Vaccination in Burma 1920-1933 - 1920-1933
Year: 1920
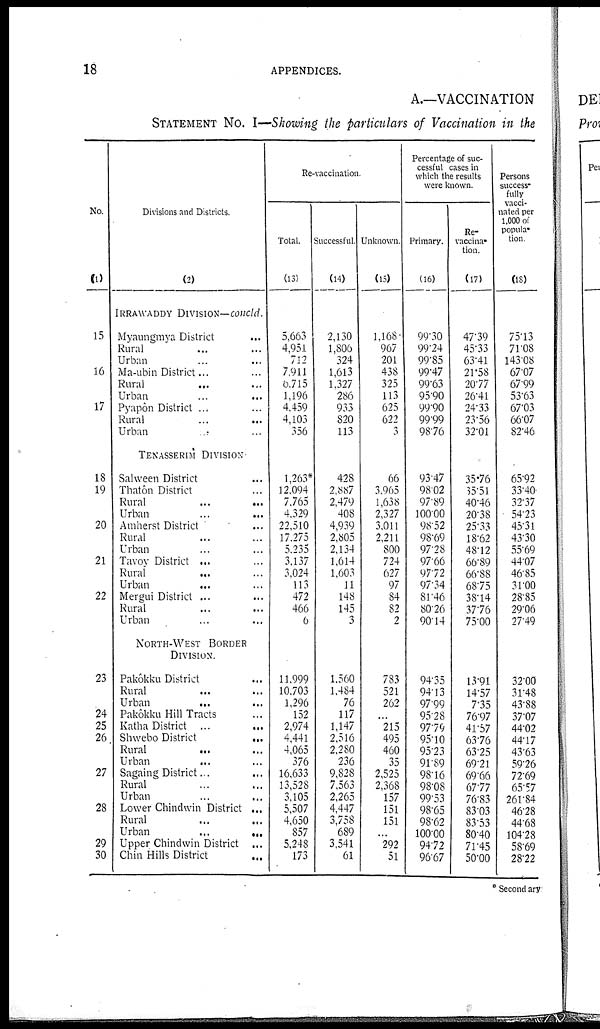
18
APPENDICES.
A.—VACCINATION
STATEMENT No. I—Showing the particulars of Vaccination in the
No.
(1)
15
16
17
18
19
20
21
22
23
24
25
26
27
28
29
30
Divisions and Districts.
(2)
IRRAWADDY DIVISION— concld.
Myaungmya District
...
Rural ... ...
Urban ... ...
Ma-ubin District... ...
Rural ... ...
Urban
...
...
Pyapôn District ... ...
Rural ... ...
Urban ... ...
TENASSERIM DIVISION
Salween District ...
Thatôn District ...
Rural
...
...
Urban
...
...
Amherst District ...
Rural ... ...
Urban ... ...
Tavoy District ... ...
Rural ... ...
Urban ... ...
Mergui District ... ...
Rural ... ...
Urban ... ...
NORTH-WEST BORDER
DIVISION.
Pakôkku District ...
Rural ... ...
Urban
... ...
Pakôkku Hill Tracts ...
Katha District ...
...
Shwebo District
...
Rural ... ...
Urban ... ...
Sagaing District ... ...
Rural ... ...
Urban ... ...
Lower Chindwin District ...
Rural ... ...
Urban
...
...
Upper Chindwin District ...
Chin Hills District ...
Re-vaccination.
Total.
(13)
5,663
4,951
712
7,911
6,715
1,196
4,459
4,103
356
1,263*
12,094
7,765
4,329
22,510
17,275
5,235
3,137
3,024
113
472
466
6
11,999
10,703
1,296
152
2,974
4,441
4,065
376
16,633
13,528
3,105
5,507
4,650
857
5,248
173
Successful.
(14)
2,130
1,806
324
1,613
1,327
286
933
820
113
428
2,887
2,479
408
4,939
2,805
2,134
1,614
1,603
11
148
145
3
1,560
1,484
76
117
1,147
2,516
2,280
236
9,828
7,563
2,265
4,447
3,758
689
3,541
61
Unknown.
(15)
1,168
967
201
438
325
113
625
622
3
66
3,965
1,638
2,327
3,011
2,211
800
724
627
97
84
82
2
783
521
262
...
215
495
460
35
2,525
2,368
157
151
151
...
292
51
Percentage of suc-
cessful cases in
which the results
were known.
Primary.
(16)
99.30
99.24
99.85
99.47
99.63
95.90
99.90
99.99
98.76
93.47
98.02
97.89
100.00
98.52
98.69
97.28
97.66
97.72
97.34
81.46
80.26
90.14
94.35
94.13
97.99
95.28
97.79
95.10
95.23
91.89
98.16
98.08
99.53
98.65
98.62
100.00
94.72
96.67
Re-
vaccina¬
tion.
(17)
47.39
45.33
63.41
21.58
20.77
26.41
24.33
23.56
32.01
35.76
35.51
40.46
20.38
25.33
18.62
48.12
66.89
66.88
68.75
38.14
37.76
75.00
18.91
14.57
7.35
76.97
41.57
63.76
63.25
69.21
69.66
67.77
76.83
83.03
83.53
80.40
71.45
50.00
Persons
success¬
fully
vacci-
nated per
1,000 of
popula¬
tion
(18)
75.13
71.08
143.08
67.07
67.99
53.63
67.03
66.07
82.46
65.92
33.40
32.37
54.23
45.31
43.30
55.69
44.07
46.85
31.00
28.85
29.06
27.49
32.00
31.48
43.88
37.07
44.02
44.17
43.63
59.26
72.69
65.57
261.84
46.28
44.68
104.28
58.69
28.22
* Secondary